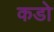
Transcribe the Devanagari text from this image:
कडो